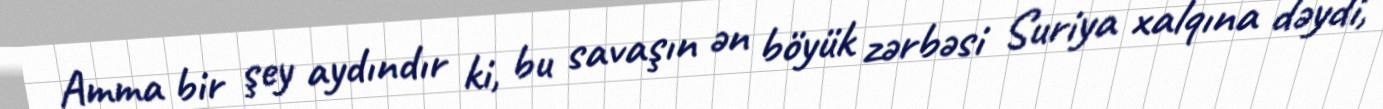
Amma bir şey aydındır ki, bu savaşın ən böyük zərbəsi Suriya xalqına dəydi,